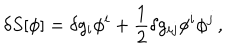
\delta S [ \phi ] = \delta g _ { i } \phi ^ { i } + \frac { 1 } { 2 } \delta g _ { i j } \phi ^ { i } \phi ^ { j } \, ,